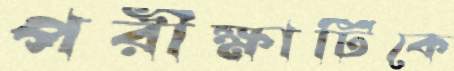
পরীক্ষাটিকে